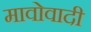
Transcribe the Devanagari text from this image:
मावोवादी